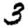
Digit: 3